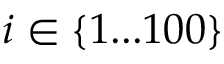
i \in \{ 1 . . . 1 0 0 \}